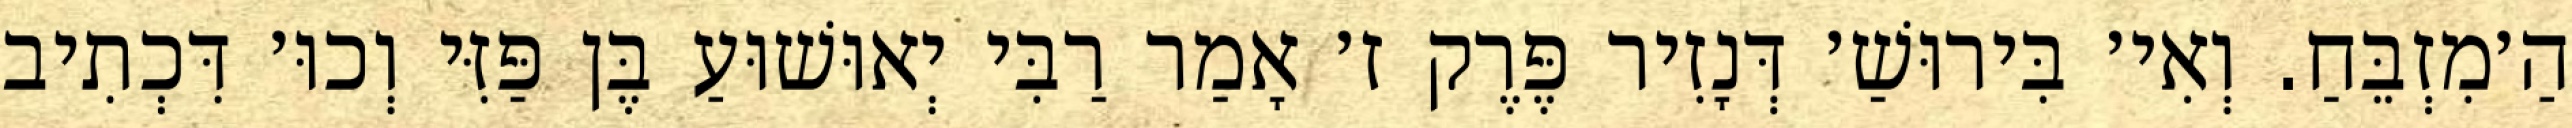
הַ׳מִזְבֵּחַ. וְאִי׳ בִּירוּשַׁ׳ דְּנָזִיר פֶּרֶק ז׳ אָמַר רַבִּי יְאוּשׁוּעַ בֶּן פַּזִּי וְכוּ׳ דִּכְתִיב